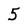
Character: 5